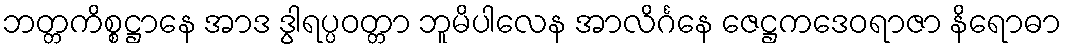
ဘတ္တကိစ္စဋ္ဌာနေ အာဒ ဒွါရပ္ပဝတ္တာ ဘူမိပါလေန အာလိင်္ဂနေ ဇေဋ္ဌကဒေဝရာဇာ နိရောဓာ